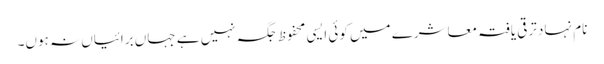
نام نہاد ترقی یافتہ معاشرے میں کوئی ایسی محفوظ جگہ نہیں ہے جہاں برائیاں نہ ہوں۔